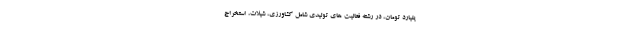
یلیارد تومان، در رشته فعالیت های تولیدی شامل کشاورزی، شیلات، استخراج